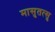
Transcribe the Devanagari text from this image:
मासुतत्सु